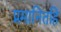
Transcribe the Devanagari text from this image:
प्रमानितहि